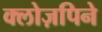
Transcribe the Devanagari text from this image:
क्लोज़पिने